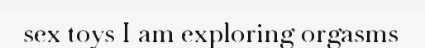
sex toys I am exploring orgasms